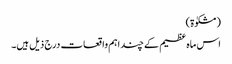
(مشکوٰۃ)
اس ماہ عظیم کے چند اہم واقعات درج ذیل ہیں۔